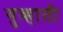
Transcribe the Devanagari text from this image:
गुव्हाती